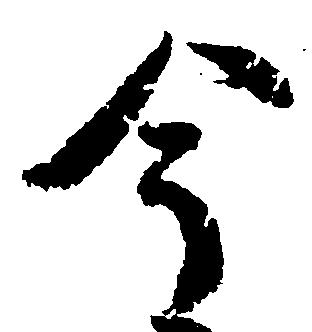
今